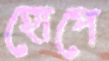
হোপে